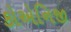
કોએનિજી